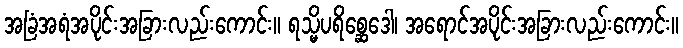
အခြံအရံအပိုင်းအခြားလည်းကောင်း။ ရသ္မိပရိစ္ဆေဒေါ၊ အရောင်အပိုင်းအခြားလည်းကောင်း။